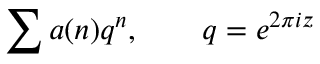
\sum a ( n ) q ^ { n } , \qquad q = e ^ { 2 \pi i z }